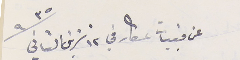
عن قبيات عكار في  ١٢ تشرين الثاني سنة ٩٣٥